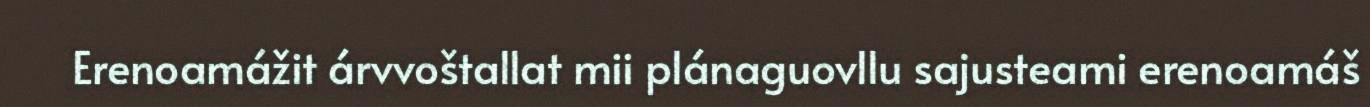
Erenoamážit árvvoštallat mii plánaguovllu sajusteami erenoamáš